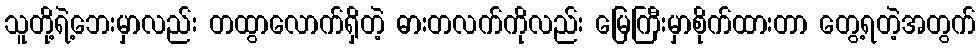
သူတို့ရဲ့ဘေးမှာလည်း တထွာလောက်ရှိတဲ့ ဓားတလက်ကိုလည်း မြေကြီးမှာစိုက်ထားတာ တွေ့ရတဲ့အတွက်